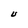
Character: U